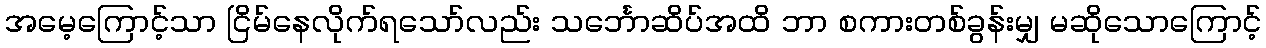
အမေ့ကြောင့်သာ ငြိမ်နေလိုက်ရသော်လည်း သင်္ဘောဆိပ်အထိ ဘာ စကားတစ်ခွန်းမျှ မဆိုသောကြောင့်